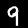
Digit: 9